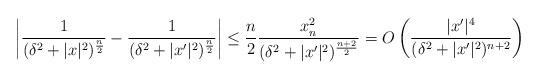
LaTeX: \begin{align*}\left|\frac{1}{(\delta^2+|x|^2)^\frac{n}{2}}-\frac{1}{(\delta^2+|x'|^2)^\frac{n}{2}} \right|\leq \frac{n}{2}\frac{x_n^2}{(\delta^2+|x'|^2)^\frac{n+2}{2}}=O\left(\frac{|x'|^4}{(\delta^2+|x'|^2)^{n+2}} \right)\end{align*}